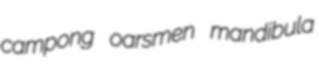
campong oarsmen mandibula